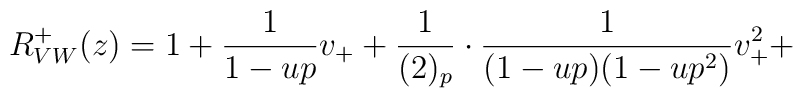
R^+_{VW}(z) =1+\frac{1}{1-up}v_++\frac{1}{(2)_p}\cdot\frac{1}{(1-up)(1-up^2)}v_+^2+